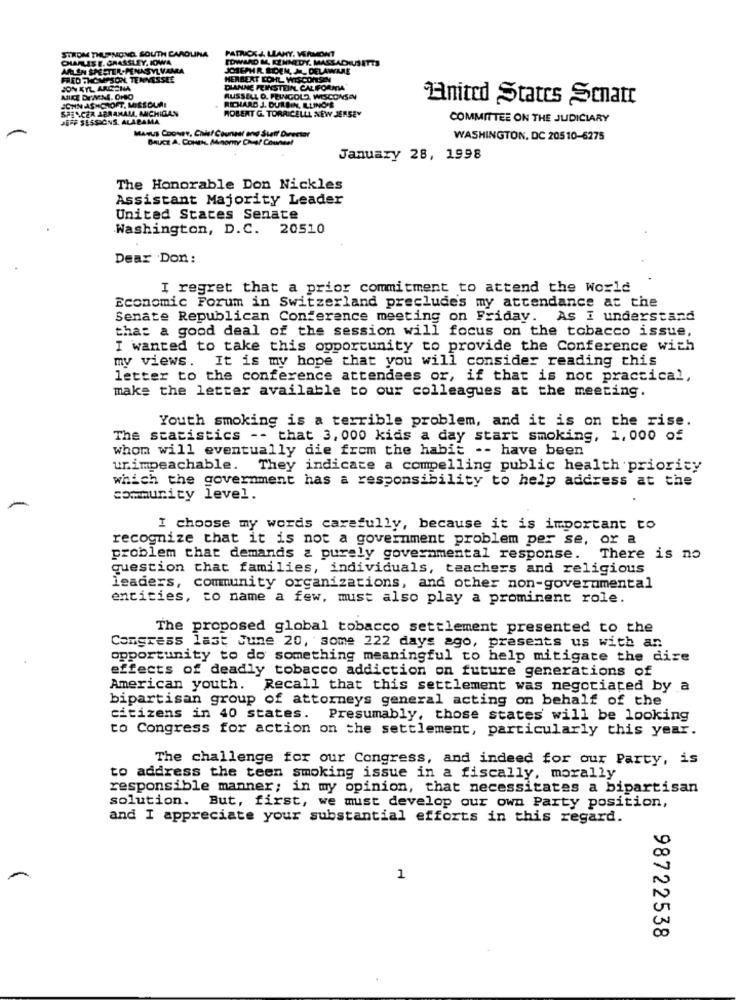
STROM THURMOND, SOUTH CAROLINA
PATRICK J. LEAHY. VERMONT
OLAFLISE, GRASSLEY, IOWA
EDWARD M. KENNEDY. MASSADEUSETTS
ARLEN SPECTER-PENASYLVANA
JOSEPH R. EDEN, J_ DELAWARE
FRED THOMPSON, TENNESSEE
HERBERT COHL WISCONSIN
JON KYL ARCENA
DIANNE FEINSTEIN. CALIFORNIA
JOHN ASHCROFT, MILEQUAL
RUSSELL D. FEINGOLD WISCONSIN
United States Senat
SPENCER ABRAMALA, MICHIGAN
RICHARD J. DURBIN, ILLINOIS
ROBERT G. TORRICELLI NEW JERSEY
JEFF SESSIONS. ALABAMA
COMMITTEE ON THE JUDICIARY
MARUS COONEY, Chief Counter and Staff Director
BAUCE A. COMTH, Minory Che? Counsel
WASHINGTON, DC 20510-6275
January 28, 1998
The Honorable Don Nickles
Assistant Majority Leader
United States Senate
Washington, D.C. 20510
Dear Don:
I regret that a prior commitment to attend the World
Economic Forum in Switzerland preclude's my attendance at the
Senate Republican Conference meeting on Friday. As I understand
that a good deal of the session will focus on the tobacco issue,
I wanted to take this opportunity to provide the Conference with
my views. It is my hope that you will consider reading this
letter to the conference attendees or, if that is not practical,
make the letter available to our colleagues at the meeting.
Youth smoking is a terrible problem, and it is on the rise.
The statistics -- that 3, 000 kids a day start smoking, 1,000 of
whom will eventually die from the habit -- have been
unimpeachable. They indicate a compelling public health priority
which the government has a responsibility to help address at the
community level.
-
I choose my words carefully, because it is important to
recognize that it is not a government problem per se, or a
problem that demands a purely governmental response. There is no
question that families, individuals, teachers and religious
leaders, community organizations, and other non-governmental
entities, to name a few, must also play a prominent role.
The proposed global tobacco settlement presented to the
Congress last June 20, some 222 days ago, presents us with an
opportunity to do something meaningful to help mitigate the dise
effects of deadly tobacco addiction on future generations of
American youth. Recall that this settlement was negotiated by a
bipartisan group of attorneys general acting on behalf of the
citizens in 40 states. Presumably, those states will be looking
to Congress for action on the settlement, particularly this year.
The challenge for our Congress, and indeed for our Party, is
to address the teen smoking issue in a fiscally, morally
responsible manner; in my opinion, that necessitates a bipartisan
solution. But, first, we must develop our own Party position,
and I appreciate your substantial efforts in this regard.
1
N
98722538
00